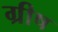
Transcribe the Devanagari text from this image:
ग्रीष